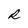
Character: R